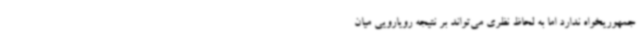
جمهوریخواه ندارد اما به لحاظ نظری می‌تواند بر نتیجه رویارویی میان